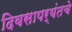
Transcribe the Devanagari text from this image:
दिवसापर्यंतचे